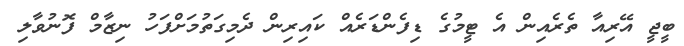
ބީޖީ އޭރިއާ ތެރެއިން އެ ޓީމުގެ ޑިފެންޑަރެއް ކައިރިން ދެމިގަތުމަށްފަހު ނިޒާމް ފޮނުވާލި